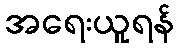
အရေးယူရန်